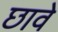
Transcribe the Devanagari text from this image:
छावे